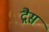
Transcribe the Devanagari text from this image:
द्गैस